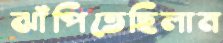
ঝাঁপিতেছিলাম